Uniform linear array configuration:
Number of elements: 64
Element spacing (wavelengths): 0.5
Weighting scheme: hamming
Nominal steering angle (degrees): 60
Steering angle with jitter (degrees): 58.224
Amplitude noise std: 0.05
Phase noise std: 0.05

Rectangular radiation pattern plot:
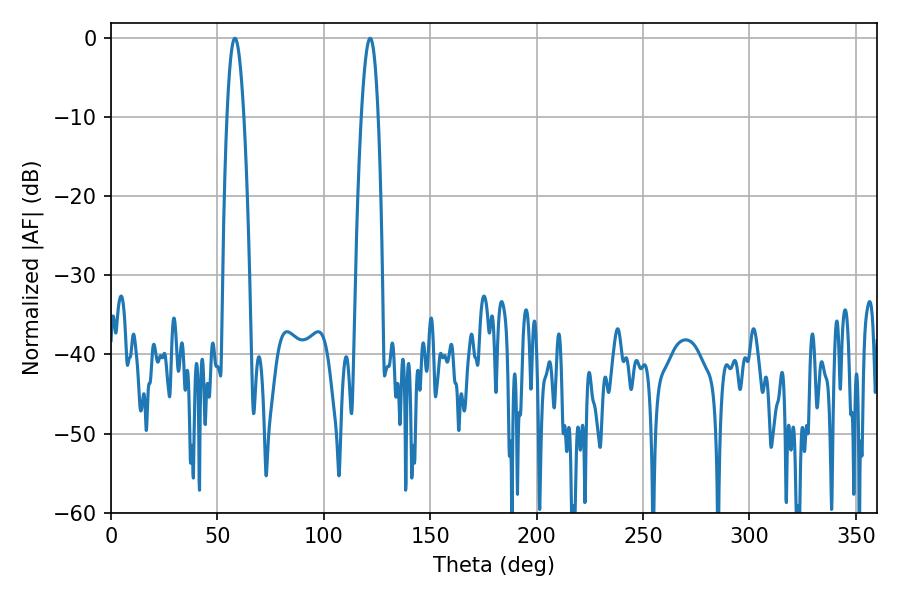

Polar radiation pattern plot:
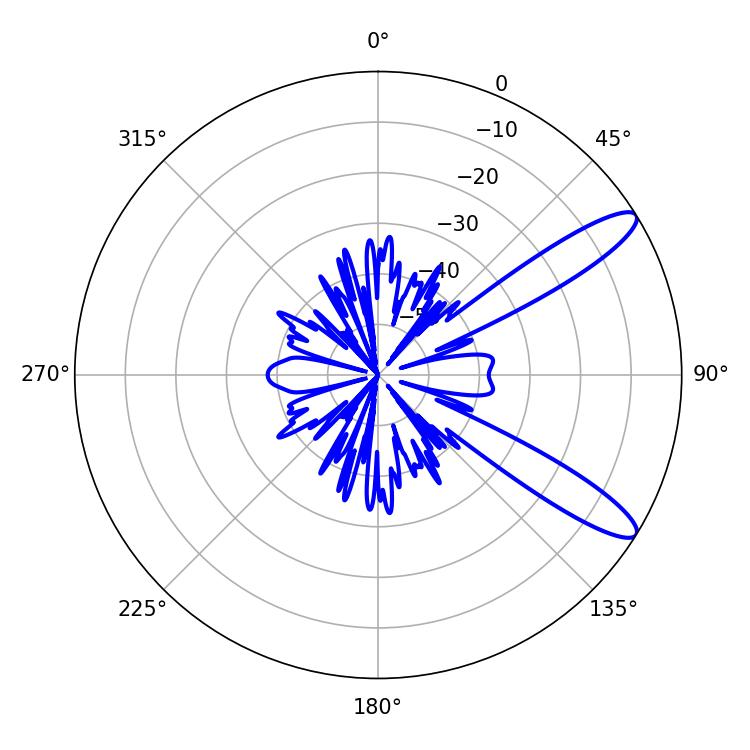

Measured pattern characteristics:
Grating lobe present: FALSE
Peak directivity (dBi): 11.532
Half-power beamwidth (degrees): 4.32
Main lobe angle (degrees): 58.14